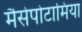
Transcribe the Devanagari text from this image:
मैसेपोटामिया